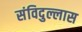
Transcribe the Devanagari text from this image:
संविदुल्लास